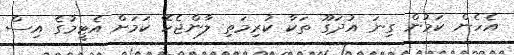
އެހެން ކަމުން ގިނަ އުދަގޫ ތަކާ ކުރިމަތި ލާންޖެހޭ ކަމަށް އެޓީމުގެ އިސް